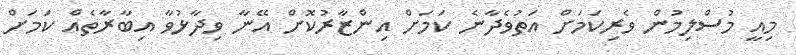
މިއީ މުސްލިމުން ވެރިކަމަށް އަތުވެދާނެ ކަމަށް އިންޒާރުކޮށް އޭނާ ވިދާޅުވާ އިބާރާތެއް ކަމަށް